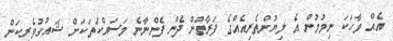
އެއް ވާހަކަ ނިމުމުން އެ ލިޔުންތެރިއެއްގެ ފަރާތުން ދެން ފެންނާނެ މަސައްކަތަކަށް ޝައުގުވެރިކަން